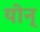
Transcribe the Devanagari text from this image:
योन्